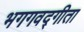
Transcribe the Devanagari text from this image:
भगगवद्गीता